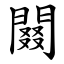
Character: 䦤